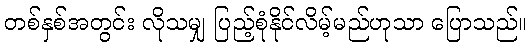
တစ်နှစ်အတွင်း လိုသမျှ ပြည့်စုံနိုင်လိမ့်မည်ဟုသာ ပြောသည်။